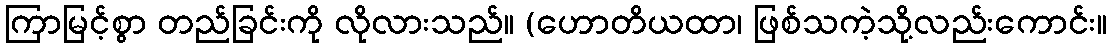
ကြာမြင့်စွာ တည်ခြင်းကို လိုလားသည်။ (ဟောတိယထာ၊ ဖြစ်သကဲ့သို့လည်းကောင်း။